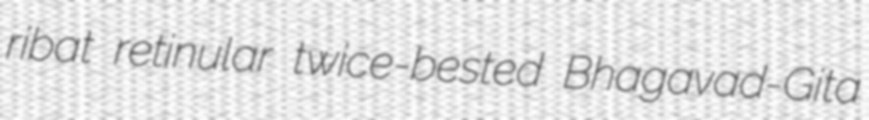
ribat retinular twice-bested Bhagavad-Gita